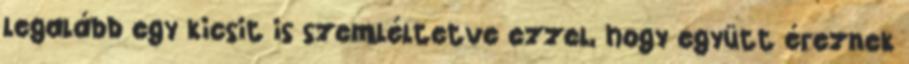
legalább egy kicsit is szemléltetve ezzel, hogy együtt éreznek